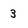
Character: 3